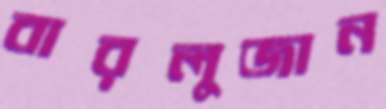
বারলুজান